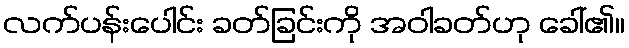
လက်ပန်းပေါင်း ခတ်ခြင်းကို အဝါခတ်ဟု ခေါ်၏။